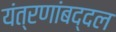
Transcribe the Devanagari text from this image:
यंत्रणांबद्दल